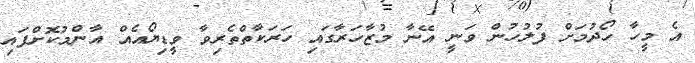
އެ މީހާ ހޯދުމަށް ފުލުހުން ވަނީ އޭނާ މުޒާހަރާގައި ހަރަކާތްތެރިވާ ވީޑިޔޯއެއް އާންމުކޮށްފައި